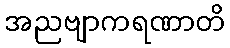
အညဗျာကရဏာတိ